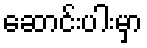
ဆောင်းပါးမှာ